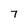
Character: 7